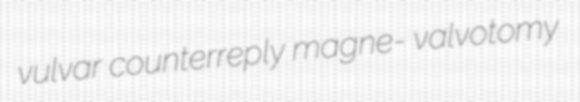
vulvar counterreply magne- valvotomy